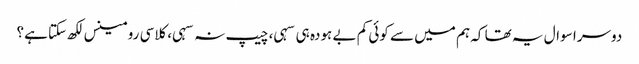
دوسرا سوال یہ تھا کہ ہم میں سے کوئی کم بے ہودہ ہی سہی، چیپ نہ سہی، کلاسی رومینس لکھ سکتا ہے؟